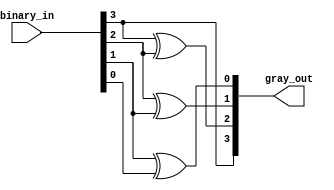
// This program was cloned from: https://github.com/ekb0412/100DaysofRTL
// License: Apache License 2.0

`timescale 1ns / 1ps

module binary2gray(
    input [3:0] binary_in,
    output [3:0] gray_out
    );
    
    buf buf1(gray_out[3], binary_in[3]);
    xor xor1(gray_out[2], binary_in[3], binary_in[2]),
        xor2(gray_out[1], binary_in[2], binary_in[1]),
	    xor3(gray_out[0], binary_in[1], binary_in[0]);
	    
endmodule